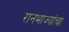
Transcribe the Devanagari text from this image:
रानभाज्यांचा